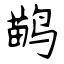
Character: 鹋